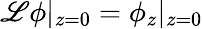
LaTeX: \mathscr{L}\phi|_{z=0}=\phi_{z}|_{z=0}